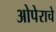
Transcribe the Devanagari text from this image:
ओपेराचे